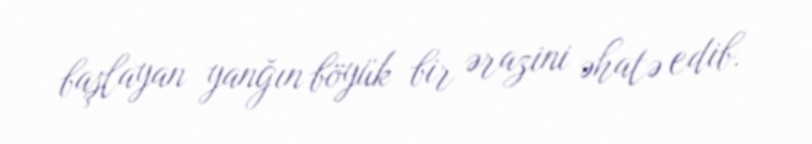
başlayan yanğın böyük bir ərazini əhatə edib.